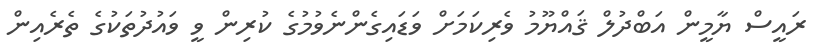
ރައީސް ޔާމީން އަބްދުލް ޤައްޔޫމު ވެރިކަމަށް ވަޑައިގެންނެވުމުގެ ކުރިން ވީ ވައުދުތަކުގެ ތެރެއިން